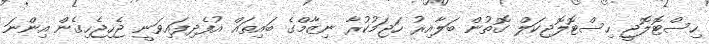
ހިސްޓޮލޮޖީ ހިސްޓޮލޮޖިކަލް ގޮތުން ބަލާއިރު ހަޖަމުކުރާ ނިޒާމްގެ ބައިތައް އުފެދިފައިވަނީ ޖެހިޖެހިގެން އިންނަ